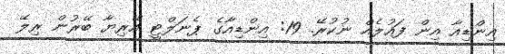
އިންޑިއާ އިން ފައުލެއް ނުކުރޭ. 19: އިންޑިއާގެ ޕެނަލްޓީ އޭރިޔާ ބޭރުން ރިލޭ